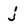
Character: j